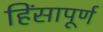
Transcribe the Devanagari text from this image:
हिंसापूर्ण